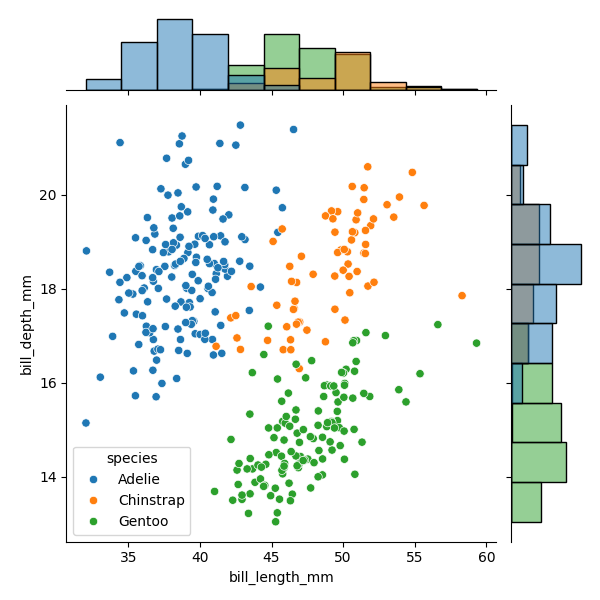
python, seaborn, JointGrid, scatterplot, histplot, hue